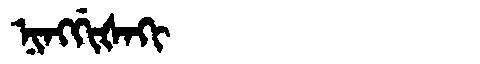
Manchu: ᠨᡳᠩᡤᡳᡧᠠᡴᡳ
Romanization: NINGGIŠAKI